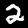
Digit: 2